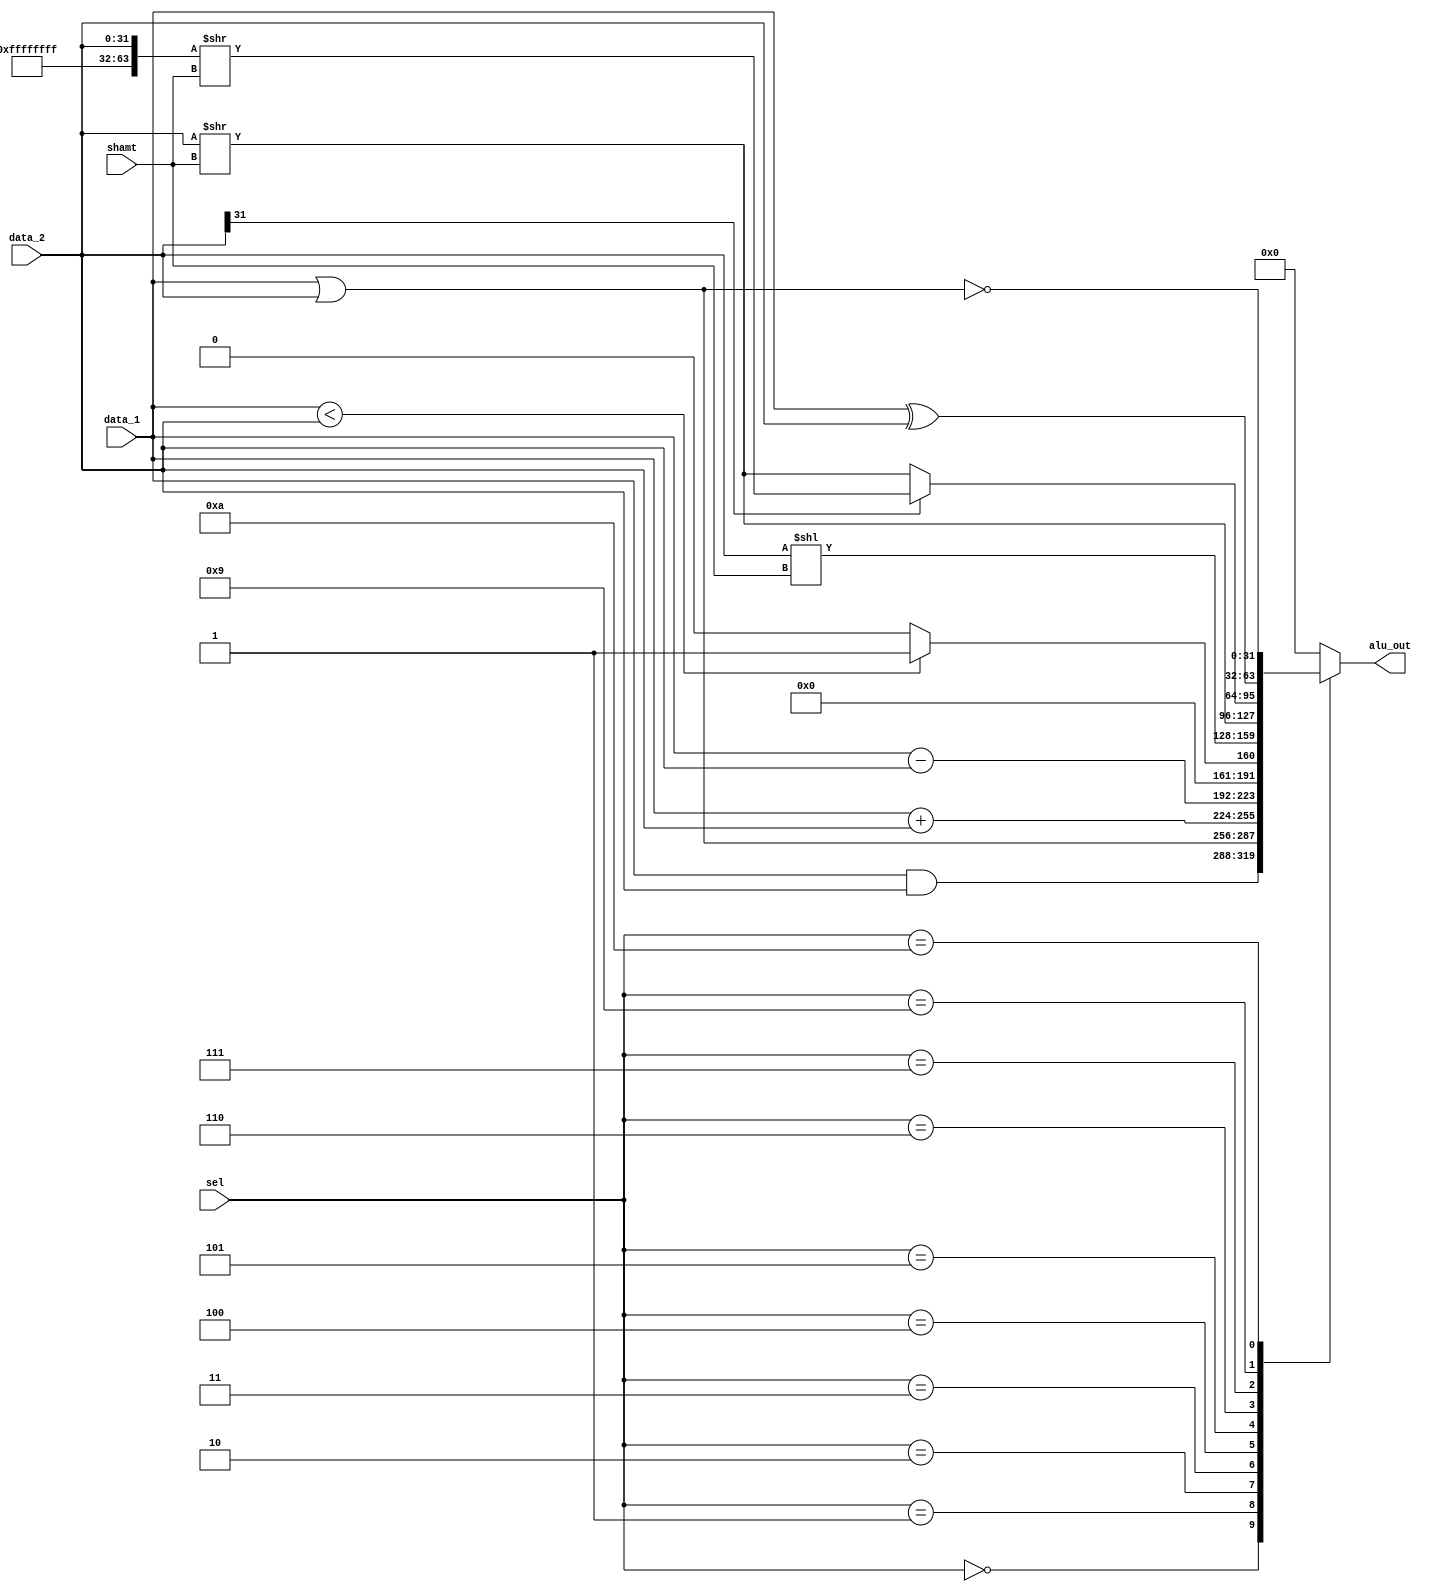
module ALU(alu_out, data_1, data_2, sel, shamt);

parameter		AND	= 4'b0000;
parameter		OR	= 4'b0001;
parameter		ADD	= 4'b0010;
parameter		SUB	= 4'b0011;
parameter	  	SLT	= 4'b0100;
parameter		SLL	= 4'b0101;
parameter		SRL	= 4'b0110;
parameter		SRA	= 4'b0111;
parameter		NOP	= 4'b1111;
parameter		XOR	= 4'b1001;//new
parameter		NOR 	= 4'b1010;//new



output	[31:0]	alu_out;

input  	[4:0]	shamt;
input	[31:0]	data_1, data_2;
input	[3:0]	sel;

reg	[31:0]	alu_out;
reg	[4:0]	temp1;
/////////////////////////////////////////////////////////////////////////////////

				
always@(sel or data_1 or data_2 or shamt)
	case (sel)

		AND:	alu_out = data_1 & data_2;
		OR:	alu_out = data_1 | data_2;
		ADD:	alu_out = data_1 + data_2;
		SUB:	alu_out = data_1 - data_2;
	  	SLT:	if(data_1 < data_2)	alu_out = 1; 
			else 		alu_out = 0;
		SLL:	alu_out = data_2 << shamt;
		SRL:	alu_out = data_2 >> shamt;
		SRA:	if(data_2[31])	alu_out = {32'hffffffff,data_2}>>shamt;
			else 		alu_out = data_2>>shamt;
		NOP:	alu_out = 0;
		XOR:	alu_out = data_1 ^ data_2;//new
		NOR:	alu_out = ~(data_1 | data_2);//new
		default:	alu_out = 0;
	endcase

endmodule